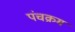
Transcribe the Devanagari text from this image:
पंचक्रम